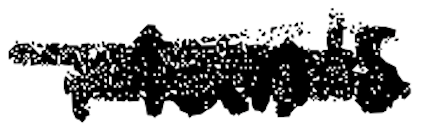
Text: Man's
Cross-out: scratch
Writing tool: digital_black